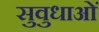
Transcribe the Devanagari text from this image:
सुवुधाओं